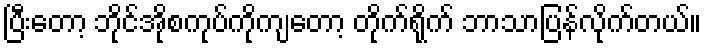
ပြီးတော့ ဘိုင်အိုစကုပ်ကိုကျတော့ တိုက်ရိုက် ဘာသာပြန်လိုက်တယ်။